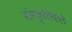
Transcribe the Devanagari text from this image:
संस्कृतिवाले